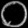
Digit: ၀